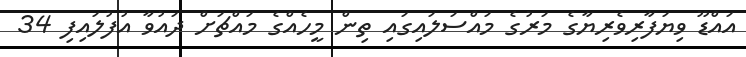
އައްޑޫ ވިޔަފާރިވެރިޔާގެ މަރުގެ މައްސަލައިގައި ތިން މީހެއްގެ މައްޗަށް ދައުވާ އުފުލައިފި 34